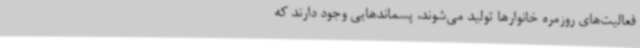
فعالیت‌های روزمره خانوارها تولید می‌شوند، پسماندهایی وجود دارند که